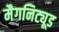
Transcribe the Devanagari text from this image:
मैगनिट्यूड